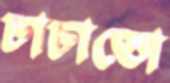
চাচাতো